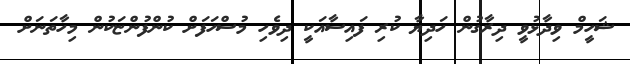
ޝަހީމް ވިދާޅުވީ ދިރާގުން ހަދިޔާ ކުރި ފައިސާއަކީ ދިވެހި މުސްހަފަށް ކުންފުންޏަކުން މިހާތަނަށް